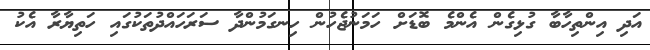
އަދި އިންތިހާބާ ގުޅިގެން އެންމެ ބޮޑަށް ހަމަނުޖެހުން ހިނގަމުންދާ ސަރަހައްދުތަކުގައި ހަތިޔާރާ އެކު